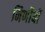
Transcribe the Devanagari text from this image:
निर्णोयों